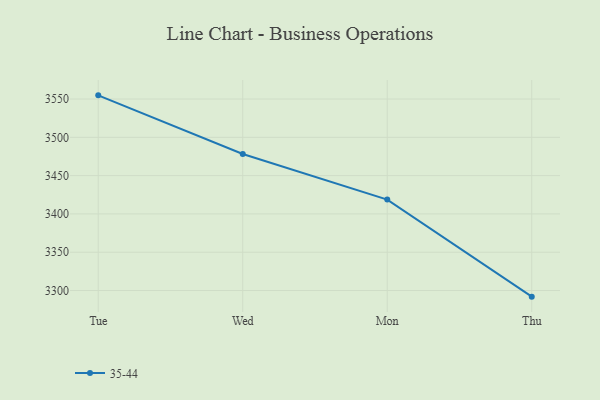
{"axis": {"x": "Day", "y": "Operating Costs (USD K)"}, "legend": ["35-44"], "data": [{"x": "Tue", "y": 3554.8, "type": "35-44"}, {"x": "Wed", "y": 3478.2, "type": "35-44"}, {"x": "Mon", "y": 3418.7, "type": "35-44"}, {"x": "Thu", "y": 3292.0, "type": "35-44"}]}